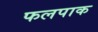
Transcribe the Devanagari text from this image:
फलपाक